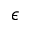
\epsilon